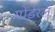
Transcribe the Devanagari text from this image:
पोंडेरल